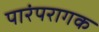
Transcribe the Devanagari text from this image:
पारंपरागक